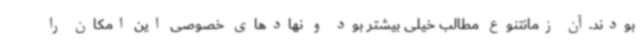
بودند.آن زمانتنوع مطالب خیلی بیشتر بود و نهادهای خصوصی این امکان را